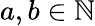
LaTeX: a,b\in\mathbb{N}